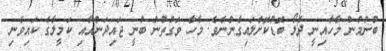
ބުނުމުން މާހާއިނީ ދެލޯ ބޮޑުކޮށްލައިގެންނެވެ. މާހާ ވަގުތުން ބުނީ ޖައިދަންއާއި ކަމީލާގެ ކައިވެނި